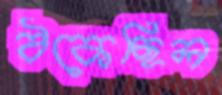
ঠকেছিল